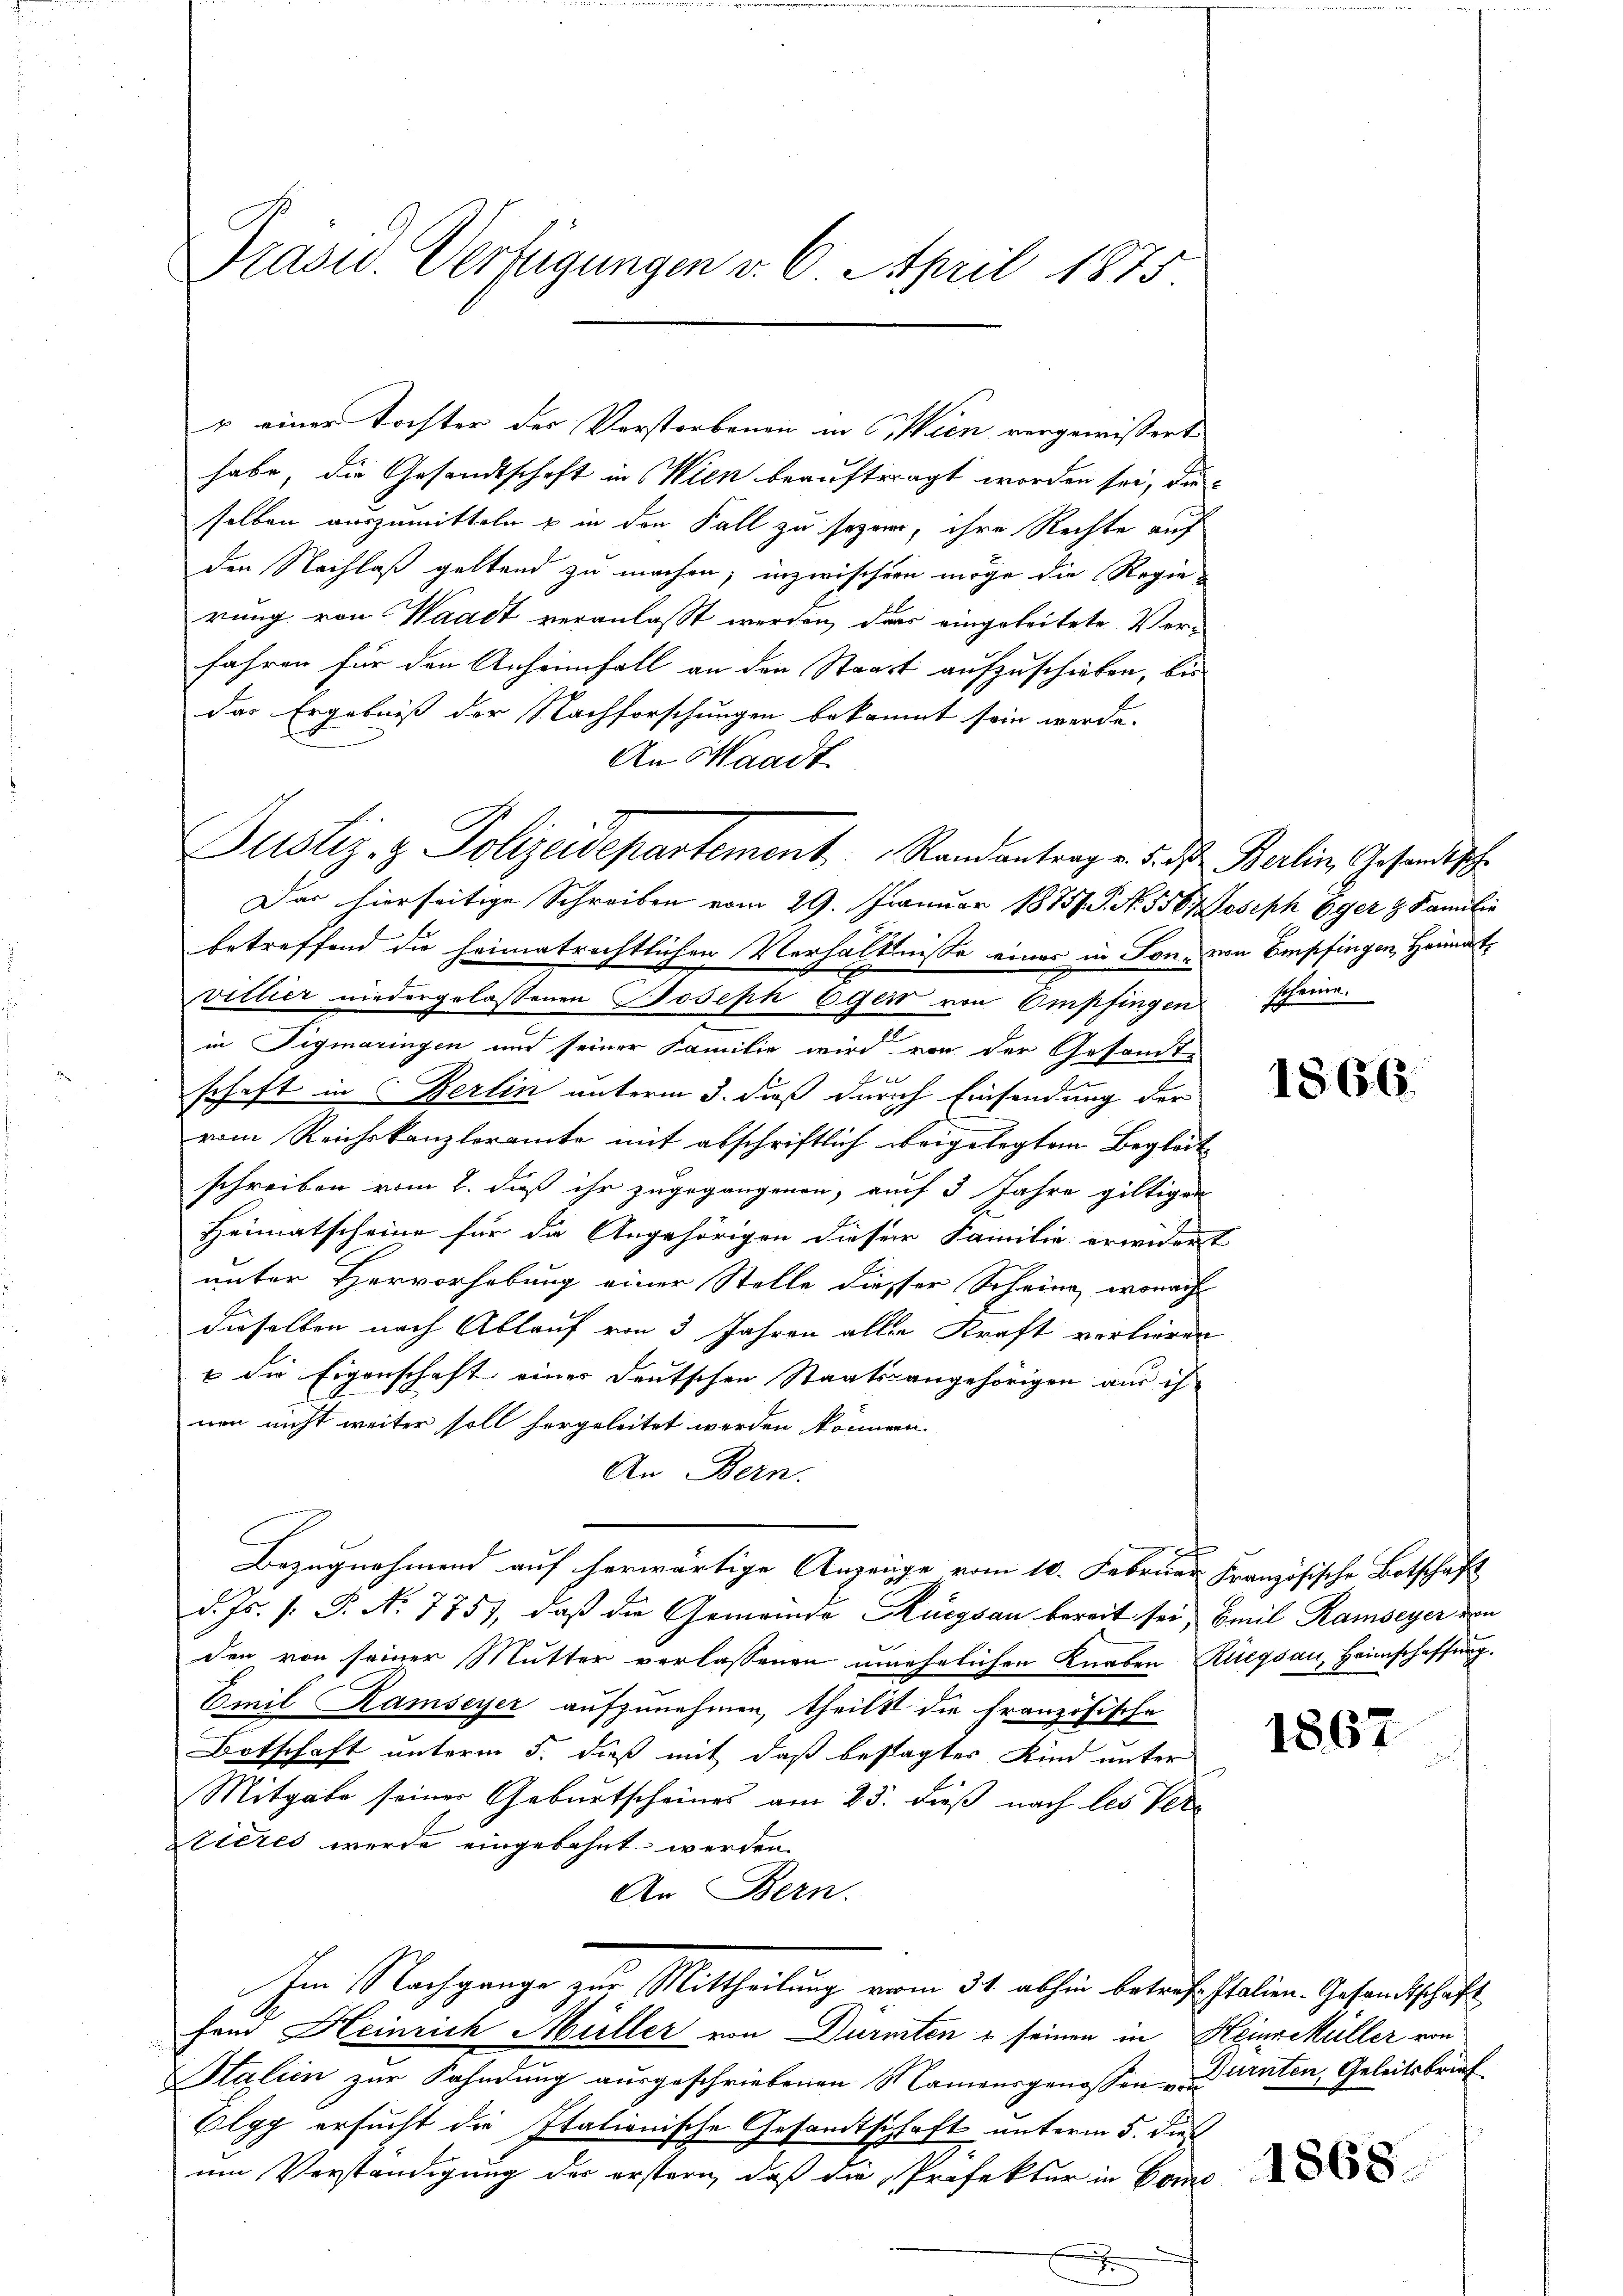
Drasu. Verfügungen v. 6. April 1875

o einer Tochter der Verstorbenen in Wien vorgewissert
habe, die Gesandtschaft in Wien beauftragt worden sei, daselben auszumitteln u in den Fall zu sezer, ihre Rechte auf
den Nachlaß geltend zu machen; inzwischern möge die Regierung von Waadt veranlasst werden, das eingeleitete Verfahren für den Anheimfall an den Straft aufzuschieben, bis
das Ergebniß der Nachforschungen bekannt sein werde.
An Waadt
Justiz- & Polizeidepartement. Randantrag v. 5. d. Berlin, Gesandtschr
Das hierseitige Schreiben vom 29. Janŭar 1875. J. N. 556 Joseph Oger u Familie
betreffend die heimatrechtlichen Verhältnisse eines in Tone von Empfingen Heimatvillier niedergelassenen Joseph Egert von Empfingen scheine.
in Tigmaringen und seiner Familie wird von der Gesamt-
schaft in Berlin unterm 3. dieß durch Einsendung der
vom Reichskanzleramte mit abschriftlich beigelegtem Begleit
schreiben vom 2. daß ihr zugegangenen, auf 3 Jahre giltigen
Heimatscheine für die Angehörigen dieser Familie erwidert
unter Hervorhebung einer Stelle diesser Scheine, wonach
dieselben nach Ablauf von 3 Jahren aller Kraft vorlieren
 die Eigenschaft einer deutschen Staatsangehörigen aus ih
nen nicht weiter soll hergeleitet werden können.
An Bern.
Bezugnahmend auf herwärtige Anzeige vom 10. Februar Französische Botschaft
d. Js. /: P. Nr. 7757, daß die Gemeinde Rüegsau bereit sei, Emil Ramseyer von
den von seiner Mutter verlassenen unehelichen Knaben Ruegsau, Heimschaffung.
Emil Ramseyer aufzunehmen, theilt die französische
Botschaft unterm 5. dieß mit daß bestagtes Kind unter
Mitgabe seiner Geburtscheines am 23. dieß nach les Vertieres wurde eingebahnt werden.
An Bern.
Im Nachgange zur Mittheilung vom 31. abhin betref Italien. Gesandtschäft
fand Heinrich Müller von Dürnten & seinen in HeinrMüller von
Htalien zur Fahndung ausgeschriebenen Namensgenossen Dürnten, Geleitsbrief
Olgg ersucht die Italionische Gesandtschaft unterm 5. dies
um Verständigung der erstern, daß die Profektur in Com

1866.

1867

1868.